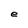
Character: e